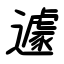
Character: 遽